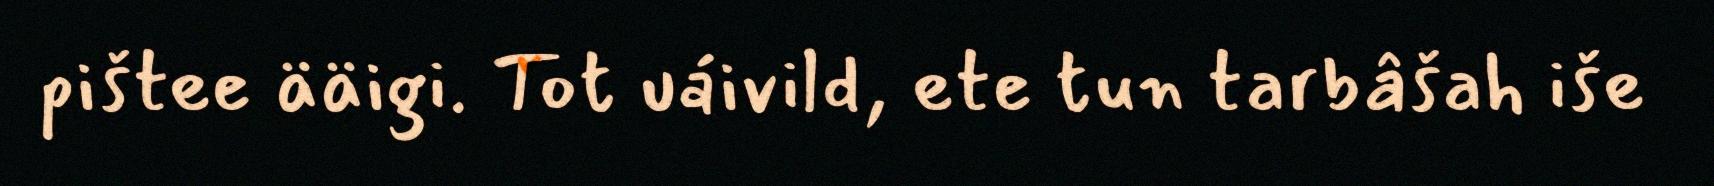
pištee ääigi. Tot uáivild, ete tun tarbâšah iše